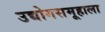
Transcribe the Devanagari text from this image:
उद्योगसमूहाला